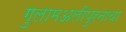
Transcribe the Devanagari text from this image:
गुलामअलीपुरनाथा